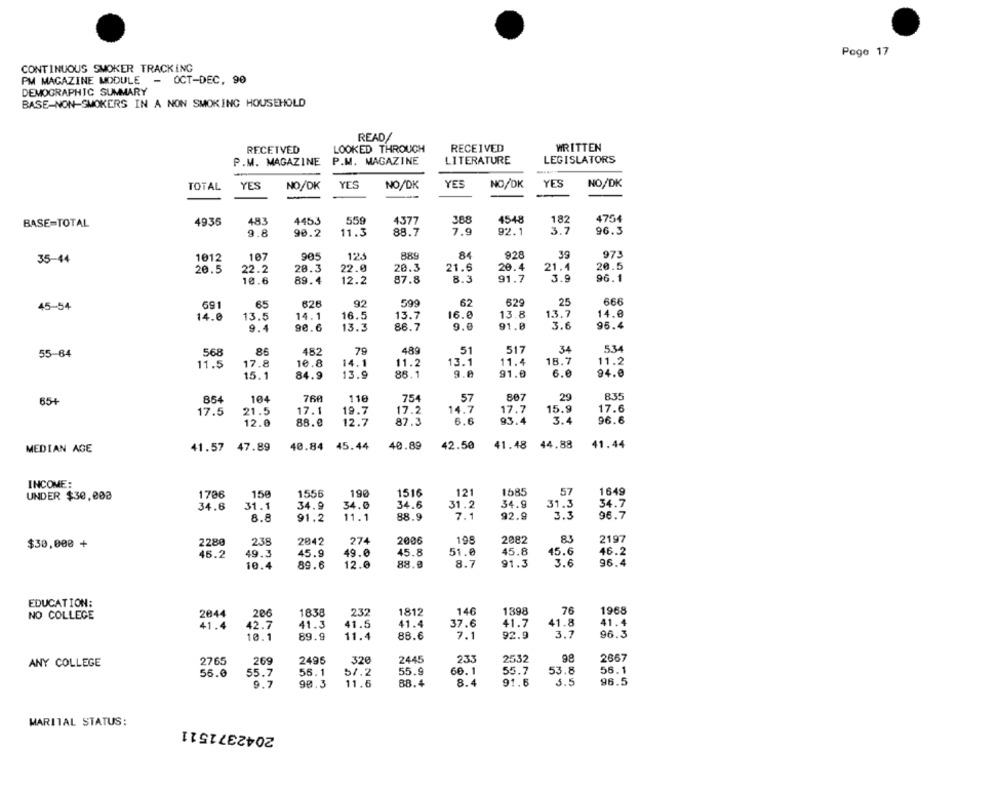
Page 17
CONTINUOUS SMOKER TRACKING
PM MAGAZINE MODULE - OCT-DEC, 90
DEMOGRAPHIC SUMMARY
BASE-NON-SMOKERS IN A NON SMOKING HOUSEHOLD
READ/
RECEIVED
LOOKED THROUGH
RECEIVED
WRITTEN
P.M. MAGAZINE
P.M. MAGAZINE
LITERATURE
LEGISLATORS
TOTAL
YES
NO/DK
YES
NO/DK
YES
NO/DK
YES
NO/DK
49.35
483
4453
559
4377
388
4548
182
4754
BASE=TOTAL
3.7
9.8
90.2
11.3
88.7
7.9
92.1
96.3
84
928
39
973
35-44
1012
107
905
123
889
20.5
22.2
28.3
22.0
20.3
21.6
20.4
21.4
20.5
3.9
96.1
10.6
89.4
12.2
87.8
8.3
91.7
62
629
25
666
45-54
691
65
626
599
14.0
13.5
14.1
16.5
13.7
16.0
13.8
13.7
14.0
91.0
3.6
9.4
90.6
13.3
86.7
9.0
95.4
489
517
34
534
55-64
568
8.6
482
51
11.5
17.8
10.8
14.1
11.2
13.1
11.4
18.7
11.2
91.0
94.0
15.1
84.9
13.9
88.1
9.0
6.0
29
835
65+
854
104
760
110
754
57
807
17.5
21.5
17.1
19.7
17.2
14.7
17.7
15.9
17.6
12.0
88.0
12.7
87.3
6.6
93.4
3.4
96.6
MEDIAN AGE
41.57
47.89
40.84
45.44
40.89
42.50
41.48 44.88
41.44
INCOME:
57
1649
UNDER $30,008
1736
150
1556
190
1516
121
1585
34.6
31.1
34.9
34.0
34.6
31.2
34.9
31.3
34.7
7.1
96.7
8.8
91.2
11.1
88.9
92.9
3.3
274
83
2197
$30,000 +
2280
238
2042
2006
198
2082
46.2
49.3
45.9
49.0
45.8
51.0
45.8
45.6
46.2
8.7
96.4
10.4
89.6
12.0
88.0
91.3
3.6
EDUCATION:
76
1968
NO COLLEGE
2044
206
1838
232
1812
146
1398
41.4
41.3
41.5
41.4
37.6
41.7
41.8
41.4
42.7
3.7
96.3
10.1
89.9
11.4
88.6
7.1
92.9
233
2532
98
2667
ANY COLLEGE
2765
269
2496
320
2445
55.6
55.7
56.1
57.2
55.9
66.1
55.7
53.8
56.1
9.7
90.3
11.6
88.4
8.4
91.6
3.5
96.5
MARITAL STATUS:
2042371511